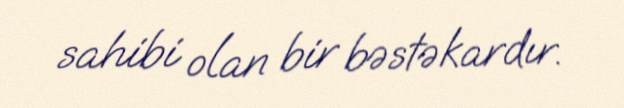
sahibi olan bir bəstəkardır.